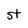
Character: t